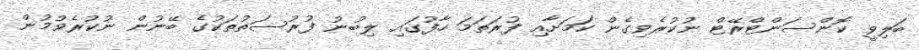
ބަލިވީ ކޮންސަންޓްރޭޓް ނުކުރެވިގެން ކަމަށާއި ފުރަތަމަ ހާފުގައި ލިބުނު ފުރުސަތުތަކުގެ ބޭނުން ނުކުރެވުމުން